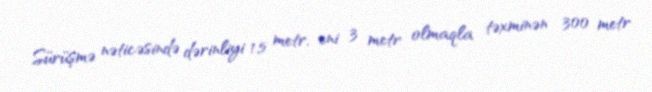
Sürüşmə nəticəsində dərinliyi 1,5 metr, eni 3 metr olmaqla təxminən 300 metr